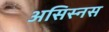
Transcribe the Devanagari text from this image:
असिस्नस